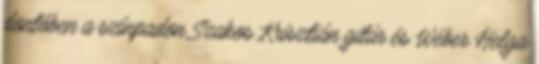
döntőben a színpadon Szakos Krisztián gitár és Wéber Helga